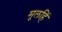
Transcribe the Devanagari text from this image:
मूलहिं